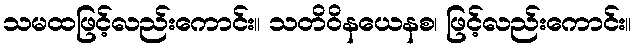
သမထဖြင့်လည်းကောင်း။ သတိဝိနယေနစ၊ ဖြင့်လည်းကောင်း။